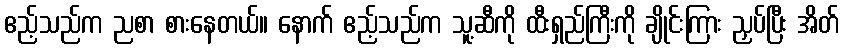
ဧည့်သည်က ညစာ စားနေတယ်။ နောက် ဧည့်သည်က သူ့ဆီကို ထီးရှည်ကြီးကို ချိုင်းကြား ညှပ်ပြီး အိတ်